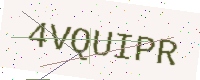
Text: 4VQUIPR